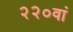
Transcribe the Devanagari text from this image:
२२०वां